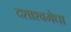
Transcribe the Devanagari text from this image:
दशाश्वमेधा